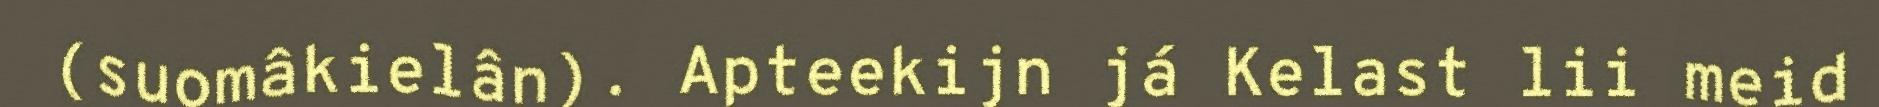
(suomâkielân). Apteekijn já Kelast lii meid